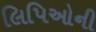
લિપિઓની